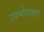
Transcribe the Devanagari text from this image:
उपभोगतात